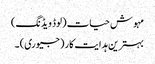
مہوش حیات (لوڈ ویڈنگ)
بہترین ہدایت کار (جیوری) ۔